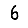
Digit: 6